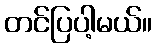
တင်ပြပါ့မယ်။